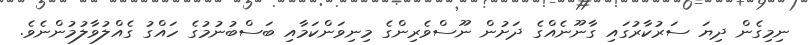
ނިމިގެން ދިޔަ ސަރުކާރުގައި ގާނޫނެއްގެ ދަށުން ނޫސްވެރިންގެ މިނިވަންކަމާއި ބަސްބުނުމުގެ ހައްގު ގެއްލުވާލުމުންނެވެ.